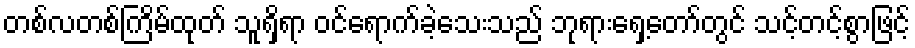
တစ်လတစ်ကြိမ်ထုတ် သူရှိရာ ဝင်ရောက်ခဲ့သေးသည် ဘုရားရှေ့တော်တွင် သင့်တင့်စွာဖြင့်